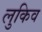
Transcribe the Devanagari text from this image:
लुकिव